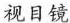
视目镜